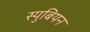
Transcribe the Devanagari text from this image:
स्युबियन